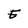
Character: E